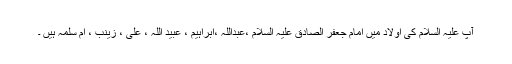
آپ علیہ السلام کی اولاد میں امام جعفر الصادق علیہ السلام ،عبداللہ ،ابراہیم ، عبید اللہ ، علی ، زینب ، ام سلمہ ہیں ۔